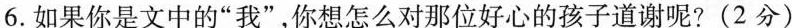
6.如果你是文中的“我”，你想怎么对那位好心的孩子道谢呢？（2分）